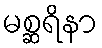
မစ္ဆရိနာ